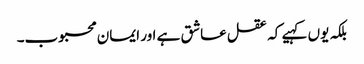
بلکہ یوں کہیے کہ عقل عاشق ہے اور ایمان محبوب۔